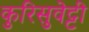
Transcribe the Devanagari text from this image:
कुरिसुवेट्टी